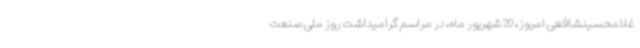
غلامحسینشافعی امروز، 20 شهریور ماه، در مراسم گرامیداشت روز ملی صنعت